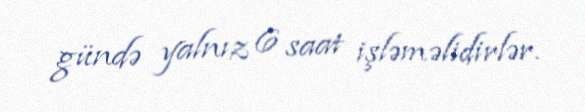
gündə yalnız 6 saat işləməlidirlər.